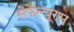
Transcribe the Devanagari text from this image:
सेफेल्यूरस